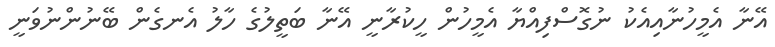
އޭނާ އެމީހުނާއިއެކު ނުގޮސްފިއްޔާ އެމީހުން ހީކުރާނީ އޭނާ ބަތީލުގެ ހާލު އެނގެން ބޭނުންނުވަނީ